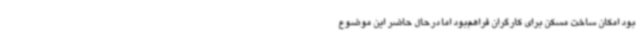
بود امکان ساخت مسکن برای کارگران فراهم‌بود اما درحال حاضر این موضوع